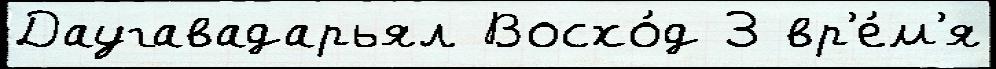
Даугавадарьял Восхо́д 3 вр'е́м'я